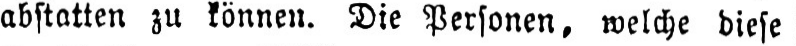
abstatten zu können. Die Personen, welche diese